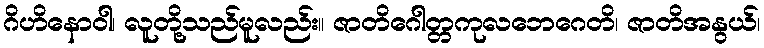
ဂိဟိနောဝါ၊ လူတို့သည်မူလည်း။ ဇာတိဂေါတ္တကုလဘေဂေတိ၊ ဇာတိအနွယ်၊